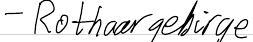
- Rothaargebirge